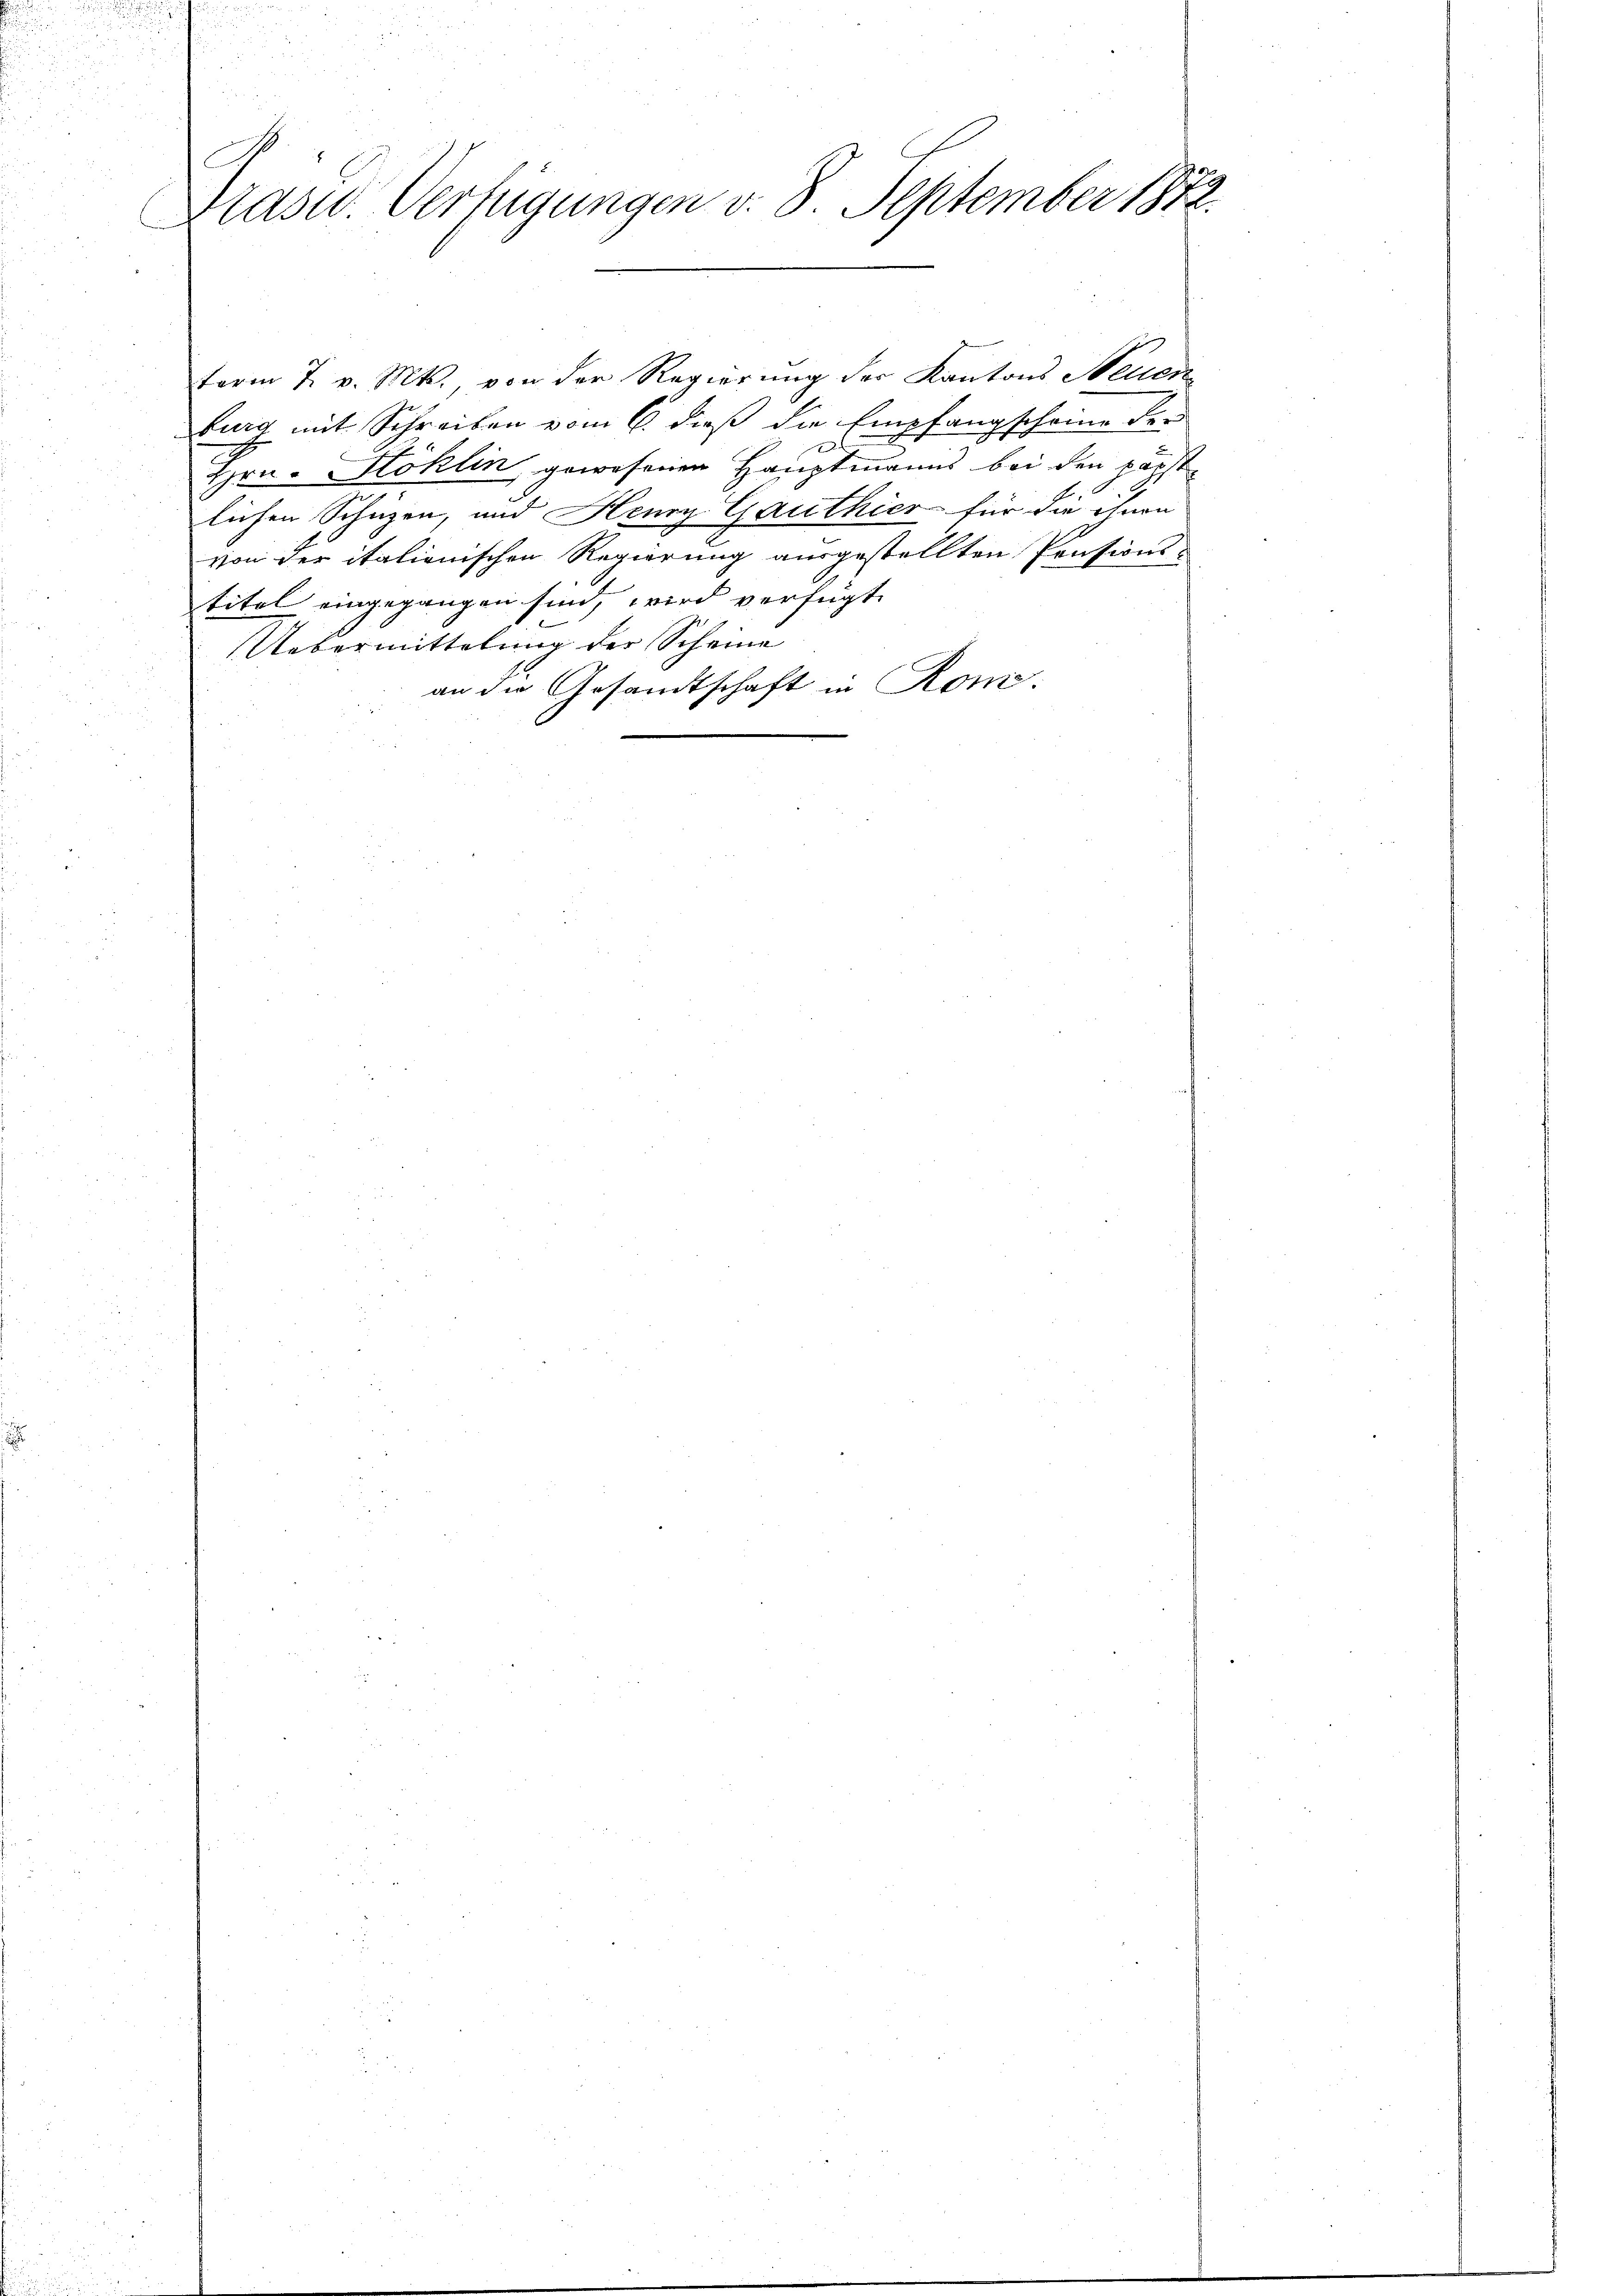
u
E
Prast. Verfügungen v. 8. September 1872.

term 7. v. Mts., von der Regierung der Kantons Neuer
burg mit Schreiben vom 6. daß die Empfangscheine der
Hrn. Stoklin, gewesenen Hauptmanns bei den Färst
lichen Schüzen, und Henry Gauthier für die ihnen
von der italienischen Regierung ausgestellten Pensionstitel eingegangen sind, wird verfügt
Uebermittelung der Scheine
an die Gesandtschaft in Ron.